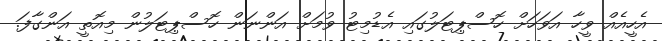
އެހީއެއް ވީހާ އަވަހަށް ހޮސްޕިޓަލުގައި އެޑުމިޓު ވުމަށް އަންނަން ހޮސްޕިޓަލުން މިއޮތީ އަންގާފަ.